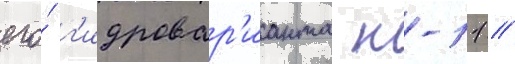
его́ г'идровар'ианта н-11 //